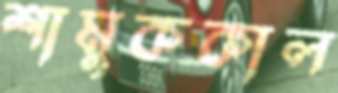
শামুককাল